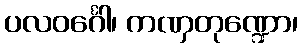
ပလဝင်္ဂေါ၊ ကဏှတုဏ္ဍော၊